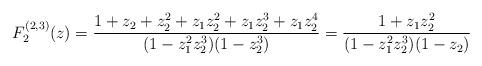
LaTeX: \begin{align*}F_2^{(2,3)}(z) = \frac{1+z_2+z_2^2+z_1z_2^2+z_1z_2^3+z_1z_2^4}{(1-z_1^2z_2^3)(1-z_2^3)}= \frac{1+z_1z_2^2}{(1-z_1^2z_2^3)(1-z_2)}\end{align*}